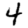
Digit: 4